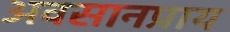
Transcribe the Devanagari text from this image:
अवसानप्राय